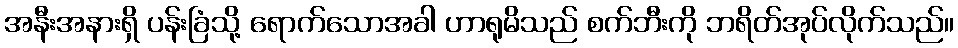
အနီးအနားရှိ ပန်းခြံသို့ ရောက်သောအခါ ဟာရုမိသည် စက်ဘီးကို ဘရိတ်အုပ်လိုက်သည်။